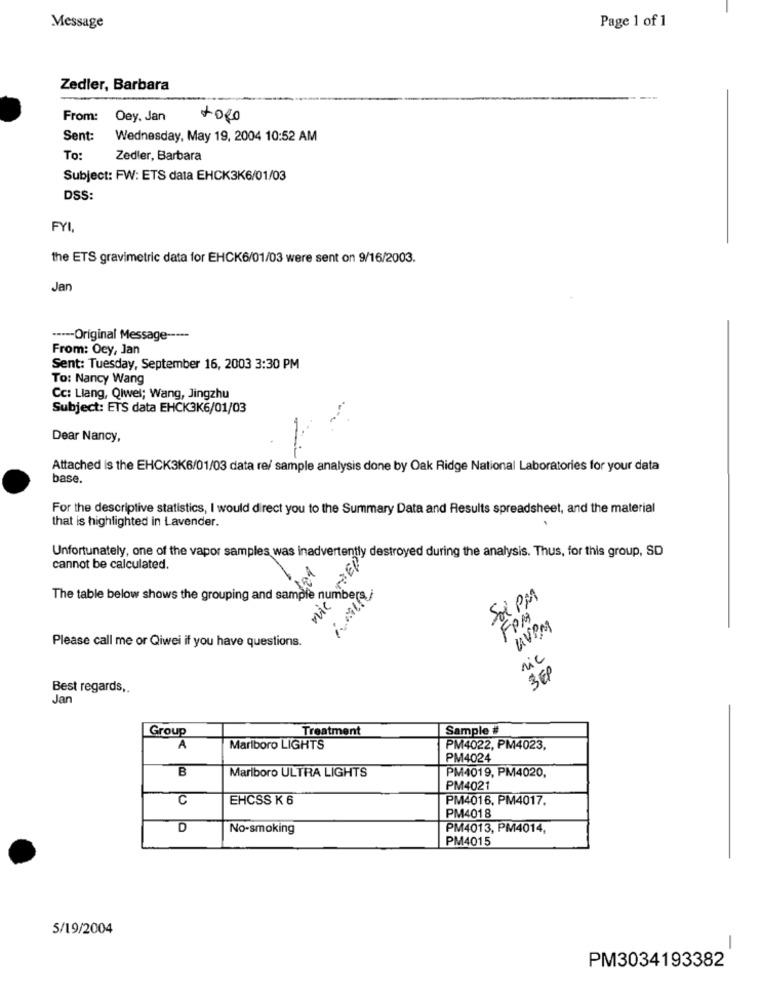
Page 1 of 1
Message
Zedler, Barbara
From:
Oey. Jan
toRo
Sent:
Wednesday, May 19, 2004 10:52 AM
To:
Zedler, Barbara
Subject: FW: ETS data EHCK3K6/01/03
DSS:
FYI,
the ETS gravimetric data for EHCK6/01/03 were sent on 9/16/2003.
Jan
----- Original Message -----
From: Oey, Jan
Sent: Tuesday, September 16, 2003 3:30 PM
To: Nancy Wang
Cc: Llang, Qiwel; Wang, Jingzhu
Subject: ETS data EHCK3K6/01/03
Dear Nancy,
Attached is the EHCK3K6/01/03 data re/ sample analysis done by Oak Ridge National Laboratories for your data
base.
For the descriptive statistics, I would direct you to the Summary Data and Results spreadsheet, and the material
that is highlighted in Lavender.
Unfortunately, one of the vapor samples was inadvertently destroyed during the analysis. Thus, for this group, SD
cannot be calculated.
The table below shows the grouping and sam
Sul Pl
FPM
UVOM
Please call me or Qiwei if you have questions.
nic
SEP
Best regards ,.
Jan
Group
Treatment
Sample #
A
Marlboro LIGHTS
PM4022, PM4023,
PM4024
B
Marlboro ULTRA LIGHTS
PM4019, PM4020,
PM4021
C
EHCSS K 6
PM4016, PM4017.
PM4018
D
No-smoking
PM4013, PM4014,
PM4015
5/19/2004
-
PM3034193382